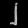
Digit: ၂